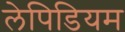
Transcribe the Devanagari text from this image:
लेपिडियम